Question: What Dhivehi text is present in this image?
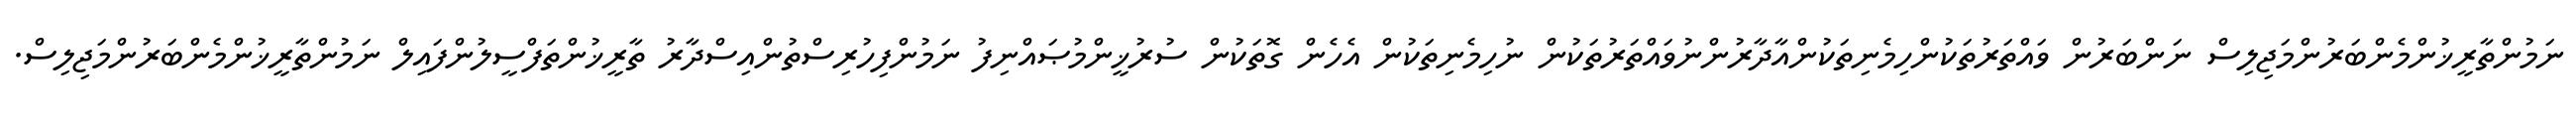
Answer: ނަމުންތާރީޚުންމެންބަރުންމަޖިލިސް ނަންބަރުން ވައްތަރުތަކުންހިމެނިތަކުންއާދާރުންނުވައްތަރުތަކުން ނުހިމެނިތަކުން އެހެން ގޮތަކުން ސުރުޚީންމުޞައްނިފު ނަމުންފިހުރިސްތުންއިސްދާރު ތާރީޚުންތަފްސީލުންފައިލް ނަމުންތާރީޚުންމެންބަރުންމަޖިލިސް.